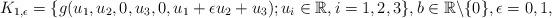
LaTeX: \begin{align*} K_{1,\epsilon}=\{g(u_1,u_2,0,u_3,0,u_1+\epsilon u_2+u_3); u_i \in \mathbb R, i=1,2,3 \}, b\in \mathbb{R}\backslash\{0\}, \epsilon=0,1, \end{align*}